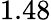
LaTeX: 1.48